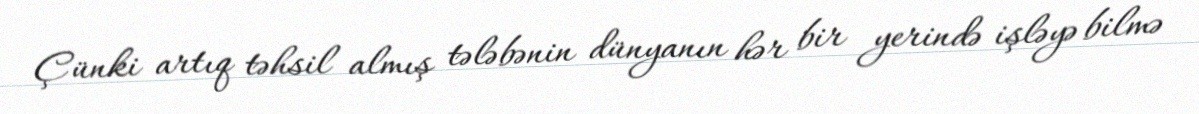
Çünki artıq təhsil almış tələbənin dünyanın hər bir yerində işləyə bilmə